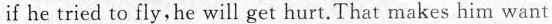
if he tried to fly, he will get hurt. That makes him want